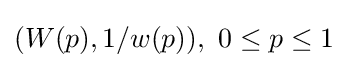
(W(p),1/w(p)),\ 0\leq p\leq 1